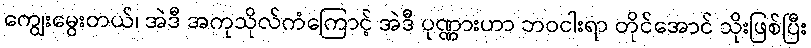
ကျွေးမွေးတယ်၊ အဲဒီ အကုသိုလ်ကံကြောင့် အဲဒီ ပုဏ္ဏားဟာ ဘဝငါးရာ တိုင်အောင် သိုးဖြစ်ပြီး